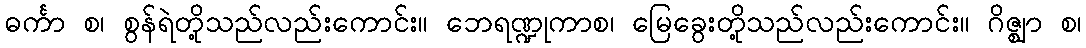
ဓင်္ကာ စ၊ စွန်ရဲတို့သည်လည်းကောင်း။ ဘေရဏ္ဍုကာစ၊ မြေခွေးတို့သည်လည်းကောင်း။ ဂိဇ္ဈာ စ၊